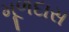
મૂળદાસ